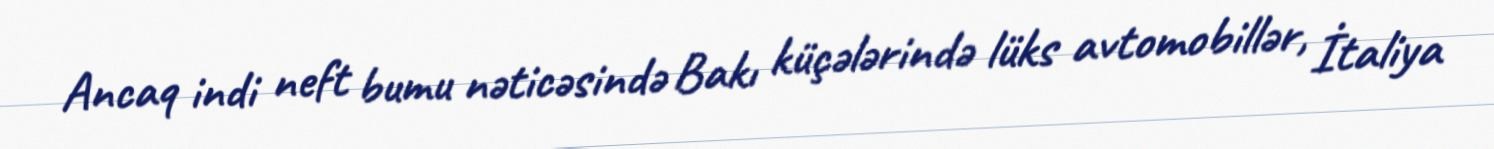
Ancaq indi neft bumu nəticəsində Bakı küçələrində lüks avtomobillər, İtaliya